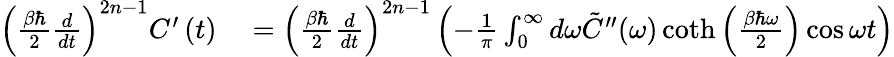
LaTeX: \begin{array}{rl}{\left(\frac{\beta\hbar}{2}\frac{d}{dt}\right)^{2n-1}C^{\prime}\left(t\right)}&{{}=\left(\frac{\beta\hbar}{2}\frac{d}{dt}\right)^{2n-1}\left(-\frac{1}{\pi}\int_{0}^{\infty}d\omega\tilde{C}^{\prime\prime}(\omega)\coth\left(\frac{\beta\hbar\omega}{2}\right)\cos\omega t\right)}\end{array}